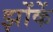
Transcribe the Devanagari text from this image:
झोंकें